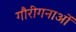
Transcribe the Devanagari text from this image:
गौरीगनाओं